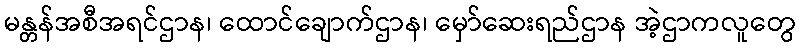
မန္တန်အစီအရင်ဌာန၊ ထောင်ချောက်ဌာန၊ မှော်ဆေးရည်ဌာန အဲ့ဌာကလူတွေ